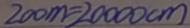
2 0 0 m = 2 0 0 0 0 c m